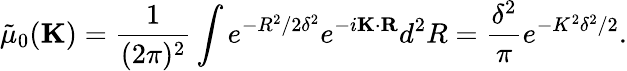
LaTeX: \tilde{\mu}_{0}(\textbf{K})=\frac{1}{(2\pi)^{2}}\int e^{-R^{2}/2\delta^{2}}e^{-i\textbf{K}\cdot{\textbf{R}}}d^{2}R=\frac{\delta^{2}}{\pi}e^{-K^{2}\delta^{2}/2}.